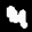
Label: 4